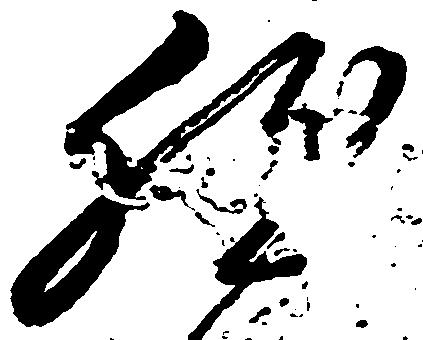
然